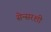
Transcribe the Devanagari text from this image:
सेन्सरशी